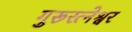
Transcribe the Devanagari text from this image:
गुरूरत्नेश्वर